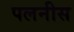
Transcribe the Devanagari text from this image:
पलनीस